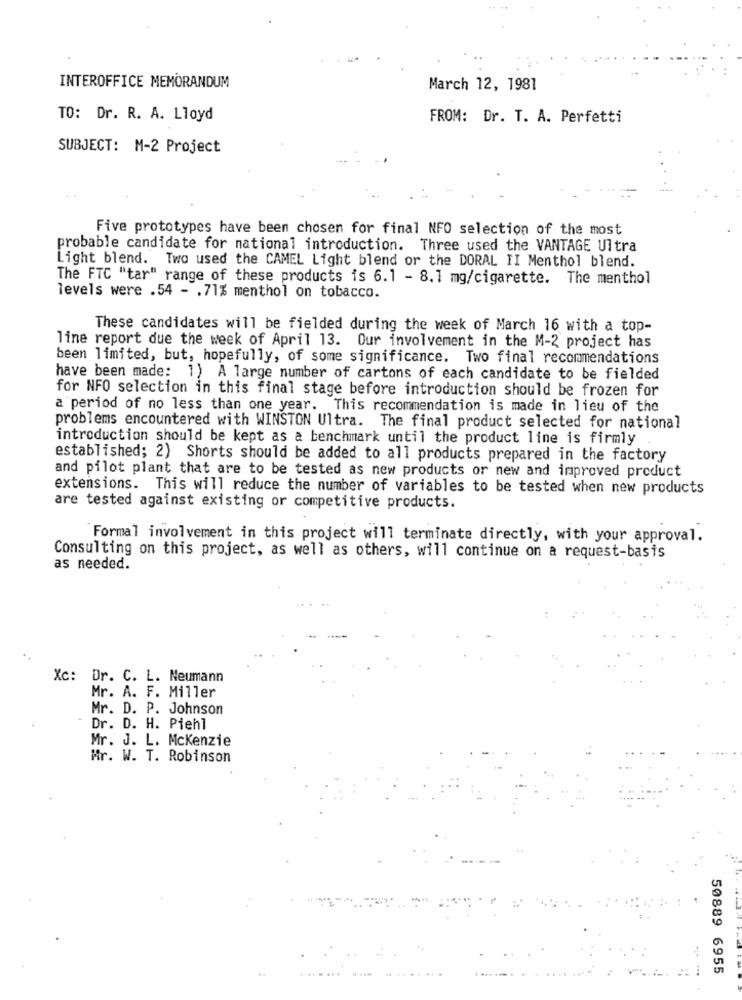
INTEROFFICE MEMORANDUM
March 12, 1981
TO: Dr. R. A. Lloyd
FROM: Dr. T. A. Perfetti
SUBJECT: M-2 Project
Five prototypes have been chosen for final NFO selection of the most
probable candidate for national introduction. Three used the VANTAGE Ultra
Light blend. Two used the CAMEL Light blend or the DORAL II Menthol blend.
The FTC "tar" range of these products is 6.1 - 8.1 mg/cigarette. The menthol
levels were .54 - . 71% menthol on tobacco.
These candidates will be fielded during the week of March 16 with a top-
line report due the week of April 13. Our involvement in the M-2 project has
been limited, but, hopefully, of some significance. Two final recommendations
have been made: 1) A large number of cartons of each candidate to be fielded
for NFO selection in this final stage before introduction should be frozen for
a period of no less than one year. This recommendation is made in lieu of the
problems encountered with WINSTON Ultra. The final product selected for national
introduction should be kept as a benchmark until the product line is firmly
established; 2) Shorts should be added to all products prepared in the factory
and pilot plant that are to be tested as new products or new and improved product
extensions. This will reduce the number of variables to be tested when new products
are tested against existing or competitive products.
Formal involvement in this project will terminate directly, with your approval.
Consulting on this project, as well as others, will continue on a request-basis
as needed.
Xc: Dr. C. L. Neumann
Mr. A. F. Miller
Mr. D. P. Johnson
Dr. D. H. Piehl
Mr. J. L. Mckenzie
Mr. W. T. Robinson
50889 6955